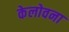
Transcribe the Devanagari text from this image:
केलोवना